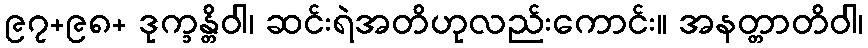
၉၇+၉၈+ ဒုက္ခန္တိဝါ၊ ဆင်းရဲအတိဟုလည်းကောင်း။ အနတ္တာတိဝါ၊